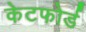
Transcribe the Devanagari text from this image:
केटफोर्ड